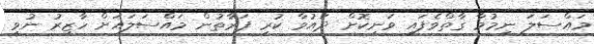
މައްސަލަ ނިމުމާ ގާތްވެފައި ވަނިކޮށް ދައުވާ ކުރި ފަރާތުން މައްސަލައަށް ހާޒިރު ނުވީ